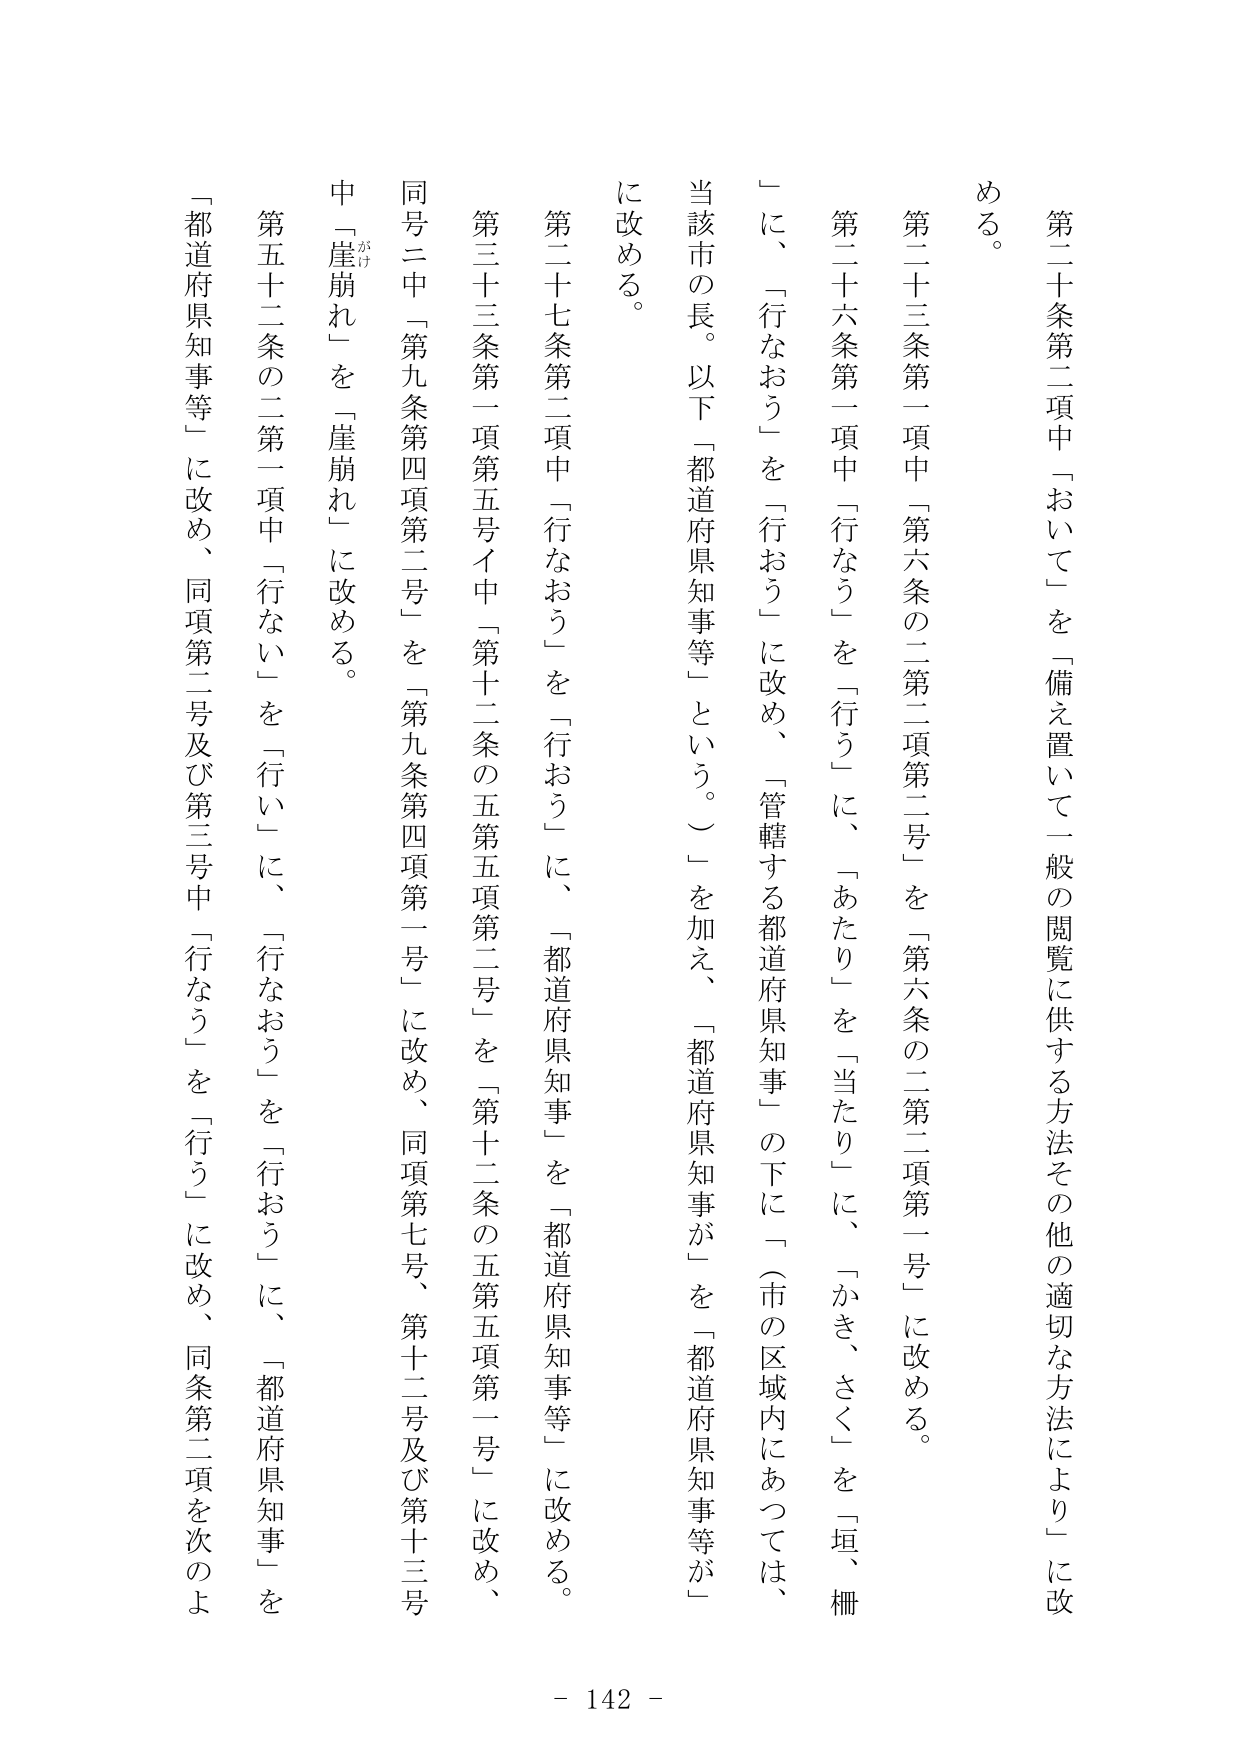
第二十条第二項中「おいて」を「備え置いて一般の閲覧に供する方法その他の適切な方法により」に改める。

第二十三条第一項中「第六条の二第二項第二号」を「第六条の二第二項第一号」に改める。

第二十六条第一項中「行なう」を「行う」に、「あたり」を「当たり」に、「かき、さく」を「垣、柵」に、「行なおう」を「行おう」に改め、「管轄する都道府県知事」の下に「（市の区域内にあっては、当該市の長。以下「都道府県知事等」という。）」を加え、「都道府県知事が」を「都道府県知事等が」に改める。

第二十七条第二項中「行なおう」を「行おう」に、「都道府県知事」を「都道府県知事等」に改める。

第三十三条第一項第五号イ中「第十二条の五第五項第二号」を「第十二条の五第五項第一号」に改め、同号二中「第九条第四項第二号」を「第九条第四項第一号」に改め、同項第七号、第十二号及び第十三号中「崖崩れ」を「崖崩れ」に改める。

第五十二条の二第一項中「行ない」を「行い」に、「行なおう」を「行おう」に、「都道府県知事」を「都道府県知事等」に改め、同項第二号及び第三号中「行なう」を「行う」に改め、同条第二項を次のよう

- 142 -